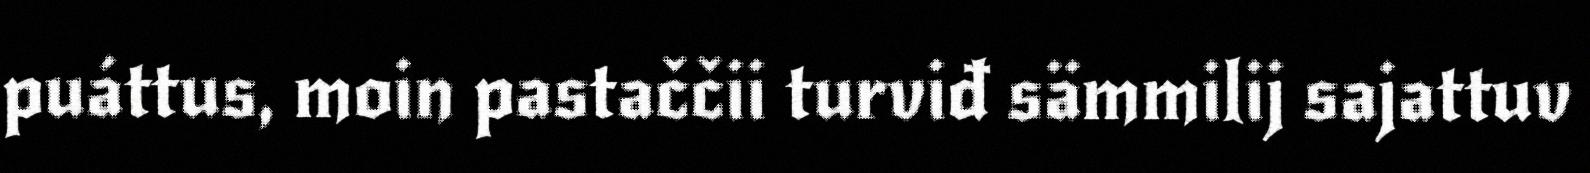
puáttus, moin pastaččii turviđ sämmilij sajattuv